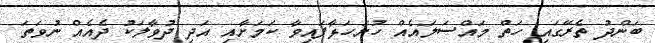
ބަންދު ތެރޭގައި ހަތް މައްސަލައެއް ހުށަހަޅާފައިވާ ކަމަށާއި އަދި ދުވާލަކު ދެއެއް ނުވަތަ